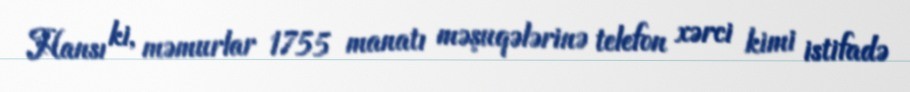
Hansı ki, məmurlar 1755 manatı məşuqələrinə telefon xərci kimi istifadə